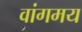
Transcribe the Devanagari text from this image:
वांगमय